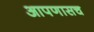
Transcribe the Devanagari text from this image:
आपणासच